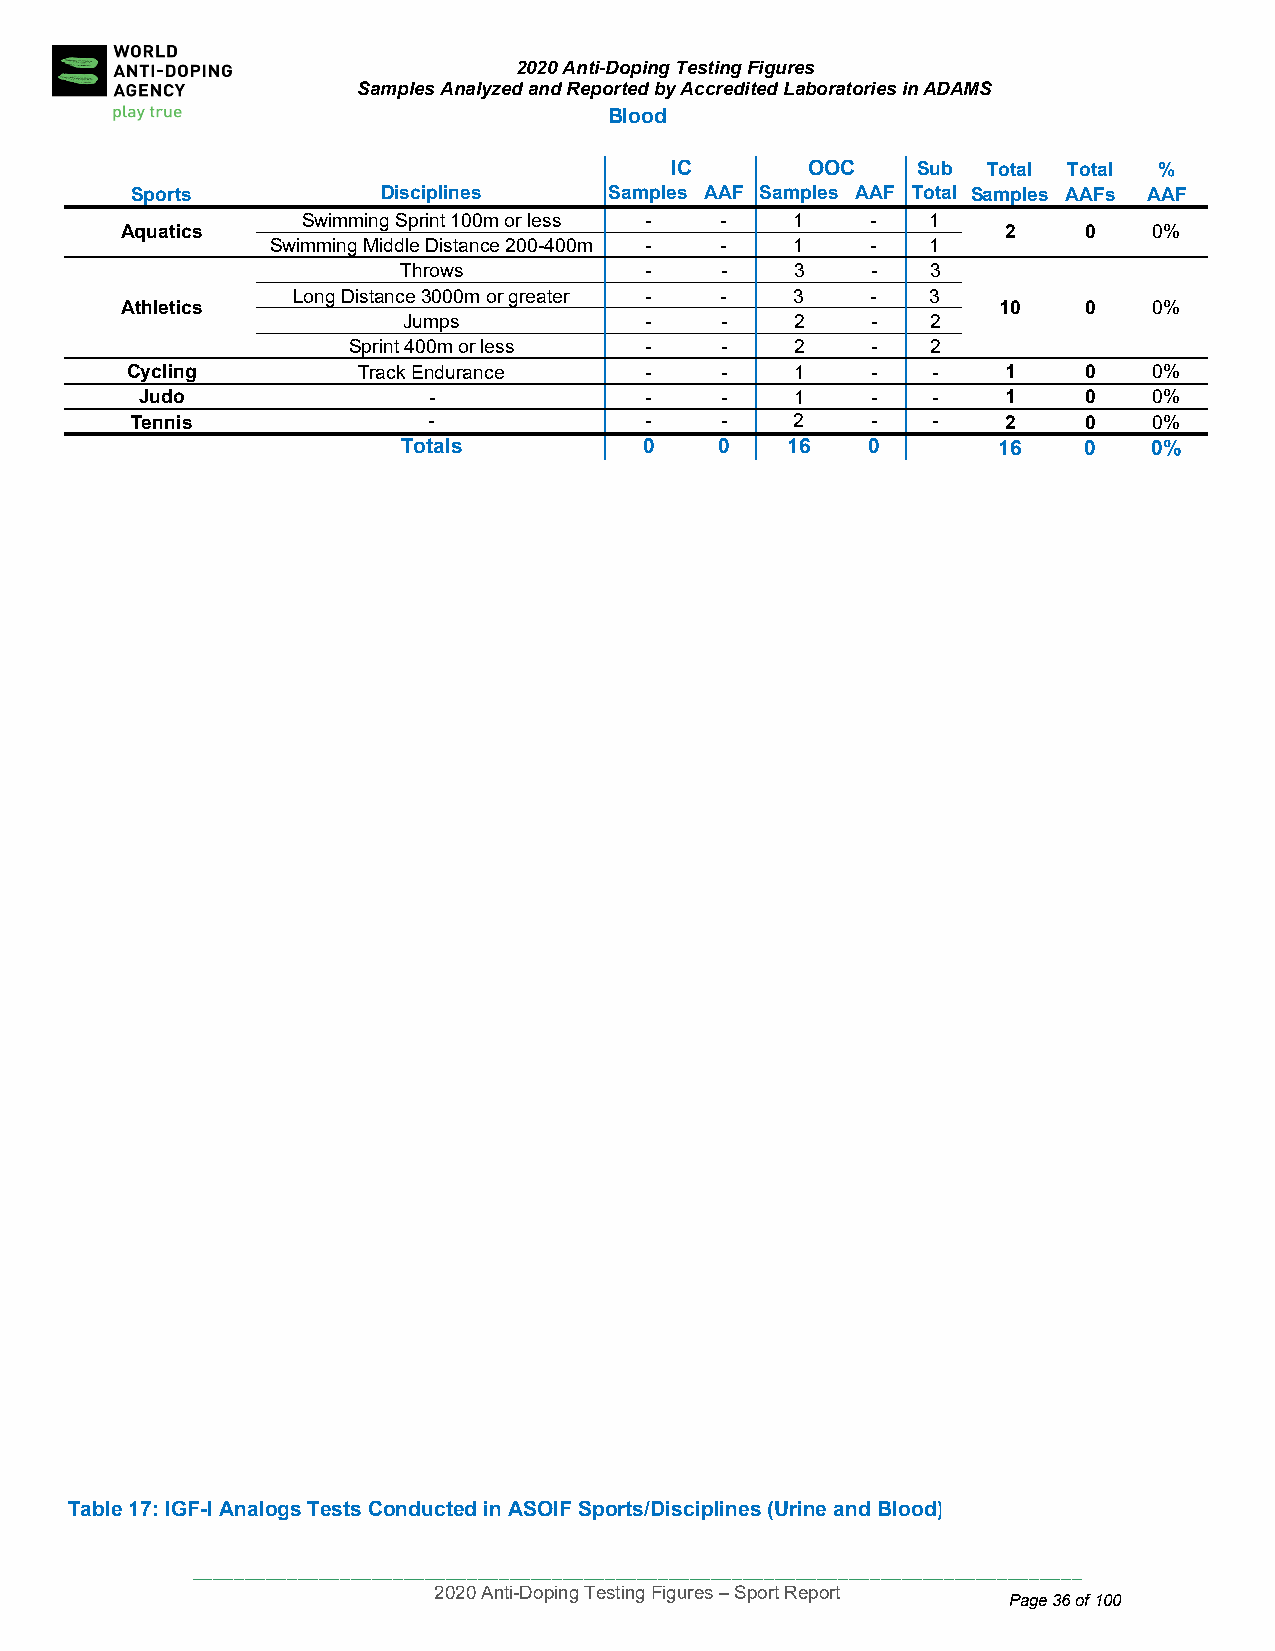
2020 Anti-Doping Testing Figures
 Samples Analyzed and Reported by Accredited Laboratories in ADAMS
 Blood
 IC       OOC     Sub Total Total %
 Sports          Disciplines    Samples AAF Samples AAF Total Samples AAFs AAF
 Swimming Sprint 100m or less - - 1    -   1
 Aquatic s                                                  2    0   0%
 Swimming Middle Distance 200-400m - - 1 -   1
 Throws           -    -    3    -   3
 Long Distance 3000m or greater - - 3   -   3
 Athletic s                                                10    0   0%
 Jumps           -    -    2    -   2
 Sprint 400m or less -    -    2    -   2
 Cycling         Track Endurance    -    -    1    -   -    1    0   0%
 Judo               -              -    -    1    -   -    1    0   0%
 Tennis             -              -    -    2    -   -    2    0   0%
 Totals          0    0   16   0        16    0   0%
 Table 17: IGF-I Analogs Tests Conducted in ASOIF Sports/Disciplines (Urine and Blood)
 ____________________________________________________________________________________
 2020 Anti-Doping Testing Figures – Sport Report
 Page 36 of 100